Vaccination United Provinces of Agra and Oudh 1923-1928 - 1923-1928
Year: 1923
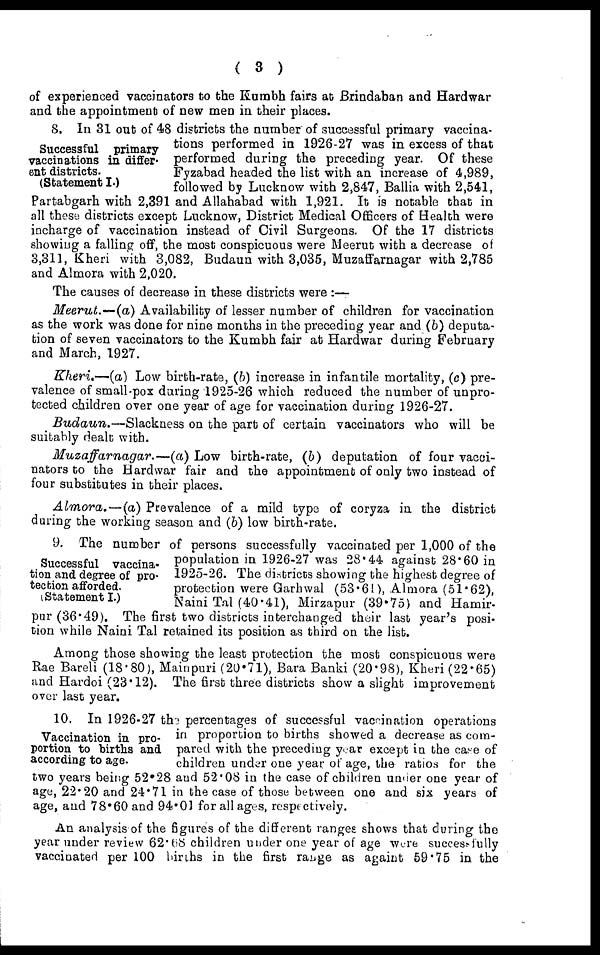
( 3 )
of experienced vaccinators to the Kumbh fairs at Brindaban and Hardwar
and the appointment of new men in their places.
Successful primary
vaccinations in differ¬
ent districts.
(Statement I.)
8. In 31 out of 48 districts the number of successful primary vaccina-
tions performed in 1926-27 was in excess of that
performed during the preceding year. Of these
Fyzabad headed the list with an increase of 4,989,
followed by Lucknow with 2,847, Ballia with 2,541,
Partabgarh with 2,391 and Allahabad with 1,921. It is notable that in
all these districts except Lucknow, District Medical Officers of Health were
incharge of vaccination instead of Civil Surgeons. Of the 17 districts
showing a falling off, the most conspicuous were Meerut with a decrease of
3,311, Kheri with 3,082, Budaun with 3,035, Muzaffarnagar with 2,785
and Almora with 2,020.
The causes of decrease in these districts were :—
Meerut.—(a) Availability of lesser number of children for vaccination
as the work was done for nine months in the preceding year and (b) deputa-
tion of seven vaccinators to the Kumbh fair at Hardwar during February
and March, 1927.
Kheri.—(a) Low birth-rate, (b) increase in infantile mortality, (c) pre-
valence of small-pox during 1925-26 which reduced the number of unpro-
tected children over one year of age for vaccination during 1926-27.
Budaun.—Slackness
on the part of certain vaccinators who will be
suitably dealt with.
Muzaffanagar.—(a)
Low birth-rate, (b) deputation of four vacci-
nators to the Hardwar fair and the appointment of only two instead of
four substitutes in their places.
Almora.—(a)
Prevalence of a mild type of coryza in the district
during the working season and (b) low birth-rate.
Successful vaccina-
tion and degree of pro-
tection afforded.
( Statement I.)
9. The number of persons successfully vaccinated per 1,000 of the
population in 1926-27 was 28.44 against 28.60 in
1925-26. The districts showing the highest degree of
protection were Garhwal (53.61), Almora (51.62),
Naini Tal (40.41), Mirzapur (39.75) and Hamir¬
pur (36.49). The first two districts interchanged their last year's posi-
tion while Naini Tal retained its position as third on the list.
Among those showing the least protection the most conspicuous were
Rae Bareli (18.80), Mainpuri (20.71), Bara Banki (20.98), Kheri (22.65)
and Hardoi (23.12). The first three districts show a slight improvement
over last year.
Vaccination in pro-
portion to births and
according to age.
10. In 1926-27 the percentages of successful vaccination operations
in proportion to births showed a decrease as com-
pared with the preceding year except in the case of
children under one year of age, the ratios for the
two years being 52.28 and 52.08 in the case of children under one year of
age, 22.20 and 24.71 in the case of those between one and six years of
age, and 78.60 and 94.01 for all ages, respectively.
An analysis of the figures of the different ranges shows that during the
year under review 62.68 children under one year of age were successfully
vaccinated per 100 births in the first range as againt 59.75 in the